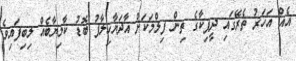
އެއް އަހަރު ތެރޭގައި ދީޕިކާގެ ތިން ފިލްމަކަށް އާދަޔާހިލާފު ބޮޑު ކާމިޔާބެއް ލިބިފައިވެ